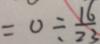
= 0 \div \frac { 1 6 } { 2 3 }